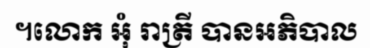
។លោក អុំ រាត្រី បានអភិបាល